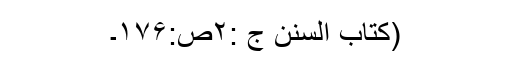
(کتاب السنن ج :۲ص:۱۷۶۔